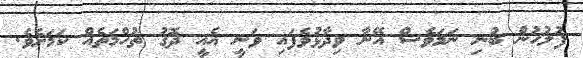
ފުލުހުން ބުނި ނަމަވެސް އޭނާ ވިދާޅުވެފައި ވަނީ އެއީ ދޮގު ތުހްމަތެއް ކަމަށެވެ.